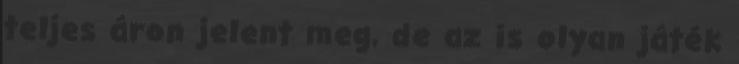
teljes áron jelent meg, de az is olyan játék